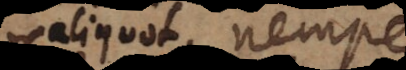
aliquot, nempe